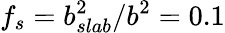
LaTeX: f_{s}=b_{slab}^{2}/b^{2}=0.1